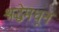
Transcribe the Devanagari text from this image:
श्रद्धेमधून